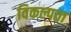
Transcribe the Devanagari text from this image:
विकल्पता